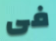
فى